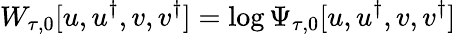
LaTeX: W_{\tau,0}[u,u^{\dagger},{v},{v}^{\dagger}]=\log\Psi_{\tau,0}[u,u^{\dagger},{v},{v}^{\dagger}]